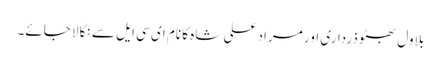
بلاول بھٹو ذرداری اور مراد علی شاہ کا نام ای سی ایل سے نکالا جائے۔